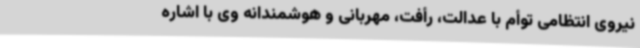
نیروی انتظامی توأم با عدالت، رأفت، مهربانی و هوشمندانه وی با اشاره